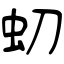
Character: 虭